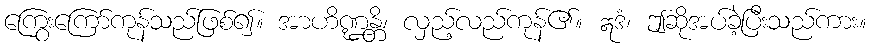
ကြွေးကြော်ကုန်သည်ဖြစ်၍။ အာဟိဏ္ဍန္တိ၊ လှည့်လည်ကုန်၏။ ဣဒံ၊ ဤဆိုအပ်ခဲ့ပြီးသည်ကား။